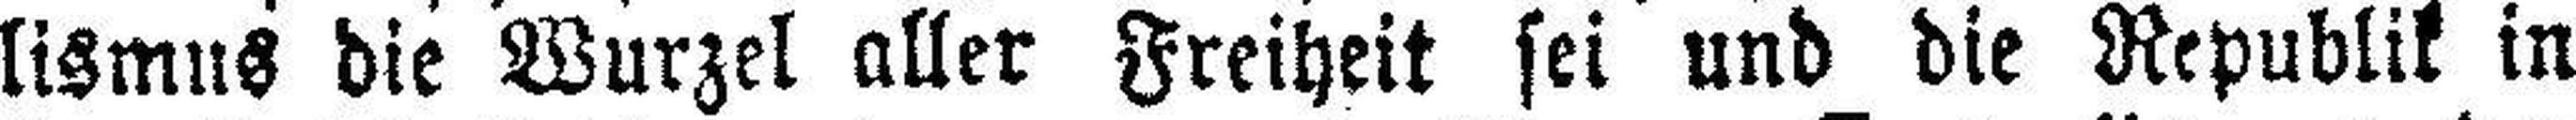
lismus die Wurzel aller Freiheit sei und die Republik in